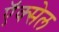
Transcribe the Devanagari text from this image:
ऍक्सेल